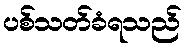
ပစ်သတ်ခံရသည်